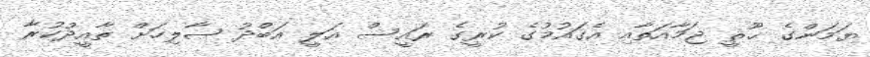
ޔަމަންގެ ޙޫޘީ ޖަމާއަތާއި އެގައުމުގެ ކުރީގެ ރައީސް އަލީ އަބްދު ޞާލިހަށް ތާއީދުކުރާ